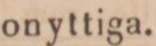
onyttiga.